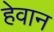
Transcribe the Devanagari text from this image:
हेवान